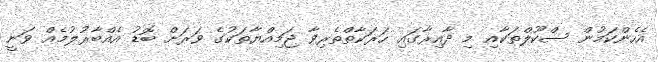
އެހެންކަމުން ސްކޫލްތަކާއި މި ދާއިރާގައި ހަރަކާތްތެރިވާ ޖަމިއްޔާތަކުގެ ވަރަށް ބޮޑު އެއްބާރުލުމެއް ވަނީ